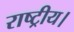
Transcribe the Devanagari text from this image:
राष्ट्रीय।